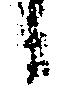
候